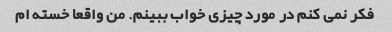
فکر نمی کنم در مورد چیزی خواب ببینم. من واقعا خسته ام